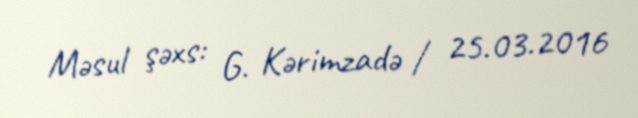
Məsul şəxs: G. Kərimzadə / 25.03.2016